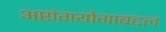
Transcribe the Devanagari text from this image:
अष्टांगयोगाबद्दल